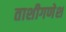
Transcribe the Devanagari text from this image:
ताशीगणेश